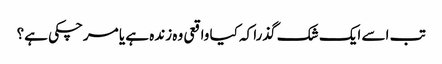
تب اسے ایک شک گذرا کہ کیا واقعی وہ زندہ ہے یا مرچکی ہے؟